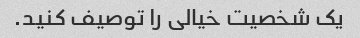
یک شخصیت خیالی را توصیف کنید.